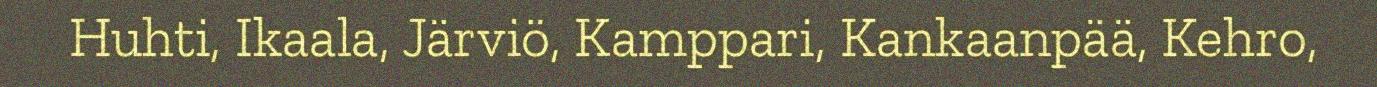
Huhti, Ikaala, Järviö, Kamppari, Kankaanpää, Kehro,